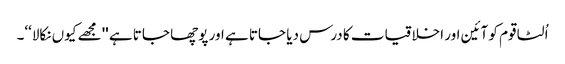
اُلٹا قوم کو آئین اور اخلاقیات کا درس دیا جاتا ہے اور پوچھا جاتا ہے ''مجھے کیوں نکالا‘‘۔